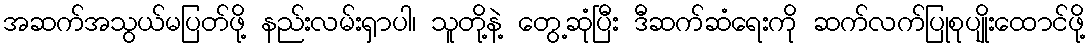
အဆက်အသွယ်မပြတ်ဖို့ နည်းလမ်းရှာပါ၊ သူတို့နဲ့ တွေ့ဆုံပြီး ဒီဆက်ဆံရေးကို ဆက်လက်ပြုစုပျိုးထောင်ဖို့